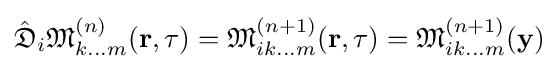
{\hat {\mathfrak {D}}}_{i}{\mathfrak {M}}_{k...m}^{(n)}(\mathbf {r} ,\tau )={\mathfrak {M}}_{ik...m}^{(n+1)}(\mathbf {r} ,\tau )={\mathfrak {M}}_{ik...m}^{(n+1)}(\mathbf {y} )